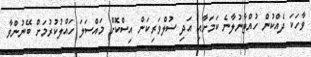
ވާހަކަ ދެއްކުން ހުއްޓާނުލާނެ ކަމަށާއި އަދި ސުލްވަރިކަން އިސްކޮށް މައްސަލަ ހައްލުކުރުމަށް ބޭނުންވާ